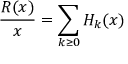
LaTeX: \frac { R ( x ) } { x } = \sum _ { k \ge 0 } H _ { k } ( x )